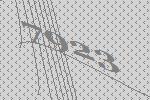
7923